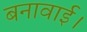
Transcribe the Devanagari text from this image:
बनावाई।